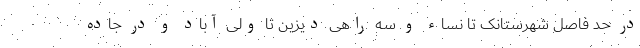
در حد فاصل شهرستانک تا نساء و سه راهی دیزین تا ولی آباد و در جاده